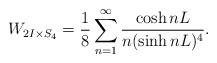
LaTeX: \begin{align*}W_{2I\times S_4}=\frac{1}{8}\sum^\infty_{n=1}\frac{\cosh nL}{n(\sinh nL)^4}.\end{align*}